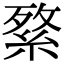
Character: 𦁘